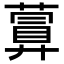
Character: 𦽹